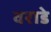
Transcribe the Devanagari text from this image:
वराडे